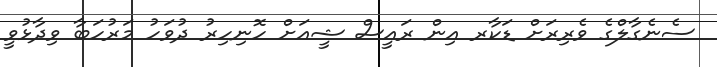
ސެނެގާލްގެ ވެރިރަށް ޑަކާރ އިން ރައީސް ޝީއަށް ހޮނިހިރު ދުވަހު މަރުހަބާ ވިދާޅުވީ